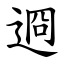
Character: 䢛